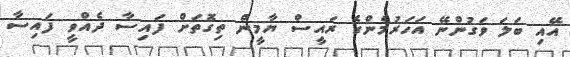
އޭއި ބަލަ ވަގުންނޭ އަހަރުމެންގެ ރައީސް ޔާމީން ތިގޮތަށް ފައިސާ ދެއްވީ ފައިސާ